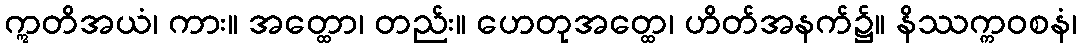
ဣတိအယံ၊ ကား။ အတ္ထော၊ တည်း။ ဟေတုအတ္ထေ၊ ဟိတ်အနက်၌။ နိဿက္ကဝစနံ၊